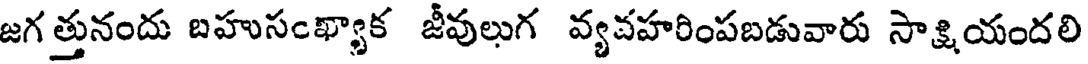
జగ త్తునందు బహుసంఖ్యాక జీవులుగ వ్యవహరింపబడువారు సాక్షియందలి